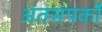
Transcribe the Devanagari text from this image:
अंतसंपर्कों